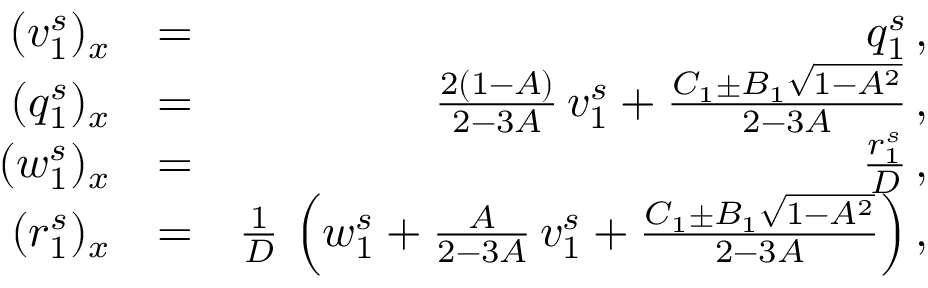
\begin{array} { r l r } { ( v _ { 1 } ^ { s } ) _ { x } } & { = } & { q _ { 1 } ^ { s } \, , } \\ { ( q _ { 1 } ^ { s } ) _ { x } } & { = } & { \frac { 2 ( 1 - A ) } { 2 - 3 A } \, v _ { 1 } ^ { s } + \frac { C _ { 1 } \pm B _ { 1 } \sqrt { 1 - A ^ { 2 } } } { 2 - 3 A } \, , } \\ { ( w _ { 1 } ^ { s } ) _ { x } } & { = } & { \frac { r _ { 1 } ^ { s } } { D } \, , } \\ { ( r _ { 1 } ^ { s } ) _ { x } } & { = } & { \frac 1 D \, \left( w _ { 1 } ^ { s } + \frac { A } { 2 - 3 A } \, v _ { 1 } ^ { s } + \frac { C _ { 1 } \pm B _ { 1 } \sqrt { 1 - A ^ { 2 } } } { 2 - 3 A } \right) , } \end{array}